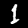
Label: 1